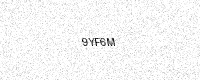
Text: 9YF6M